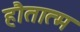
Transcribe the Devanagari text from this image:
हौतात्म